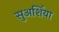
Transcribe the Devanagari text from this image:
सुअर्शिया